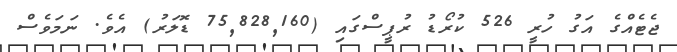
ޖެޓެއްގެ އަގު ހުރީ 526 ކުރޯޑު ރުޕީސްގައި (75